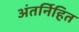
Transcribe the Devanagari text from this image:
अंतर्निहित